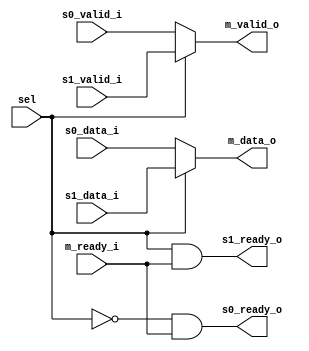
module stream_mux
  #(parameter DW=0)
  (input 	   sel,
   input [DW-1:0]  s0_data_i,
   input 	   s0_valid_i,
   output 	   s0_ready_o,
   input [DW-1:0]  s1_data_i,
   input 	   s1_valid_i,
   output 	   s1_ready_o,
   output [DW-1:0] m_data_o,
   output 	   m_valid_o,
   input 	   m_ready_i);

   assign m_data_o  = sel ? s1_data_i : s0_data_i;
   assign m_valid_o = sel ? s1_valid_i : s0_valid_i;
   assign s0_ready_o = !sel & m_ready_i;
   assign s1_ready_o = sel & m_ready_i;

endmodule